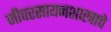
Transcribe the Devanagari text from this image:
जीवरसायनशास्त्राचे